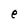
Character: e